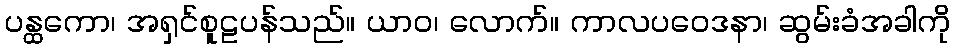
ပန္ထကော၊ အရှင်စူဠပန်သည်။ ယာဝ၊ လောက်။ ကာလပဝေဒနာ၊ ဆွမ်းခံအခါကို